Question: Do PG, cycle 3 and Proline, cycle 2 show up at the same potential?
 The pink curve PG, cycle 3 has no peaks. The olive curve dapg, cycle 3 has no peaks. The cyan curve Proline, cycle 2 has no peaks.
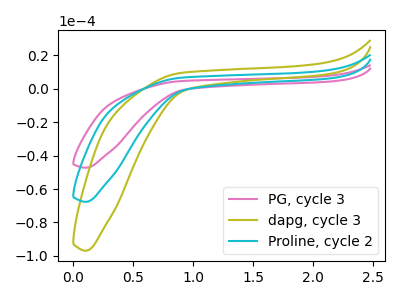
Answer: <think>Neither "PG, cycle 3" or "Proline, cycle 2" have any peaks.
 </think>
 <answer>"PG, cycle 3" and "Proline, cycle 2" are similar in shape.</answer>
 <eval>same_shape</eval>